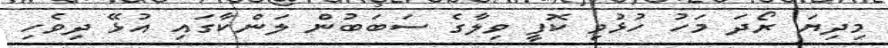
މިދިޔަ ރޯދަ މަހު ހުޅުވި ކޮފީ ވިލާގެ ސަބަބުން ލަންކާގައި އުޅޭ ދިވެހި